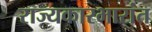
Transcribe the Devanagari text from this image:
राज्यकारभारांत